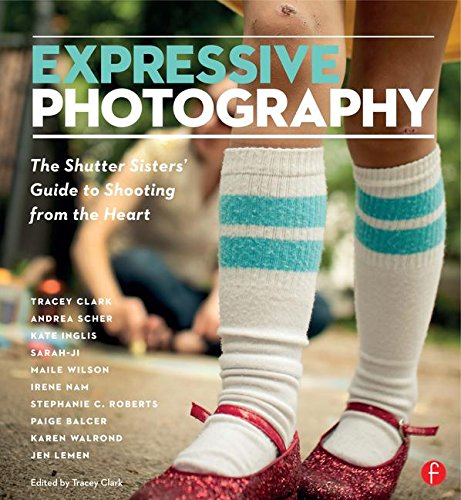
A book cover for Expressive Photography: The Shutter Sisters' Guide to Shooting from the Heart; Shutter Sisters; Arts & Photography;